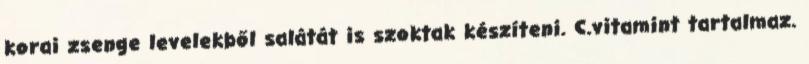
korai zsenge levelekből salátát is szoktak készíteni. C.vitamint tartalmaz.